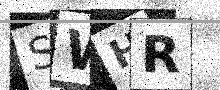
Text: SWHR